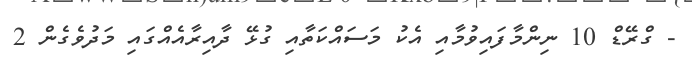
- ގްރޭޑް 10 ނިންމާފައިވުމާއި އެކު މަސައްކަތާއި ގުޅޭ ދާއިރާއެއްގައި މަދުވެގެން 2